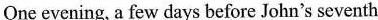
One evening, a few days before John's seventh